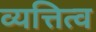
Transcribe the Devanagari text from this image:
व्यत्तित्व